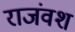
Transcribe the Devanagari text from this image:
राजंवश